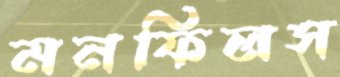
মনফিলস